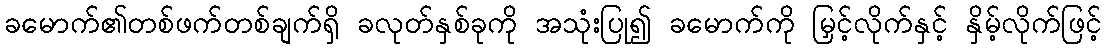
ခမောက်၏တစ်ဖက်တစ်ချက်ရှိ ခလုတ်နှစ်ခုကို အသုံးပြု၍ ခမောက်ကို မြှင့်လိုက်နှင့် နှိမ့်လိုက်ဖြင့်